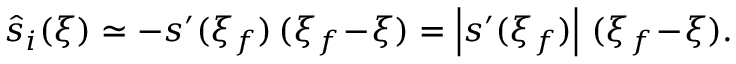
\hat { s } _ { i } ( \xi ) \simeq - s ^ { \prime } ( \xi _ { f } ) \, ( \xi _ { f } \! - \! \xi ) = \left| s ^ { \prime } ( \xi _ { f } ) \right| \, ( \xi _ { f } \! - \! \xi ) .